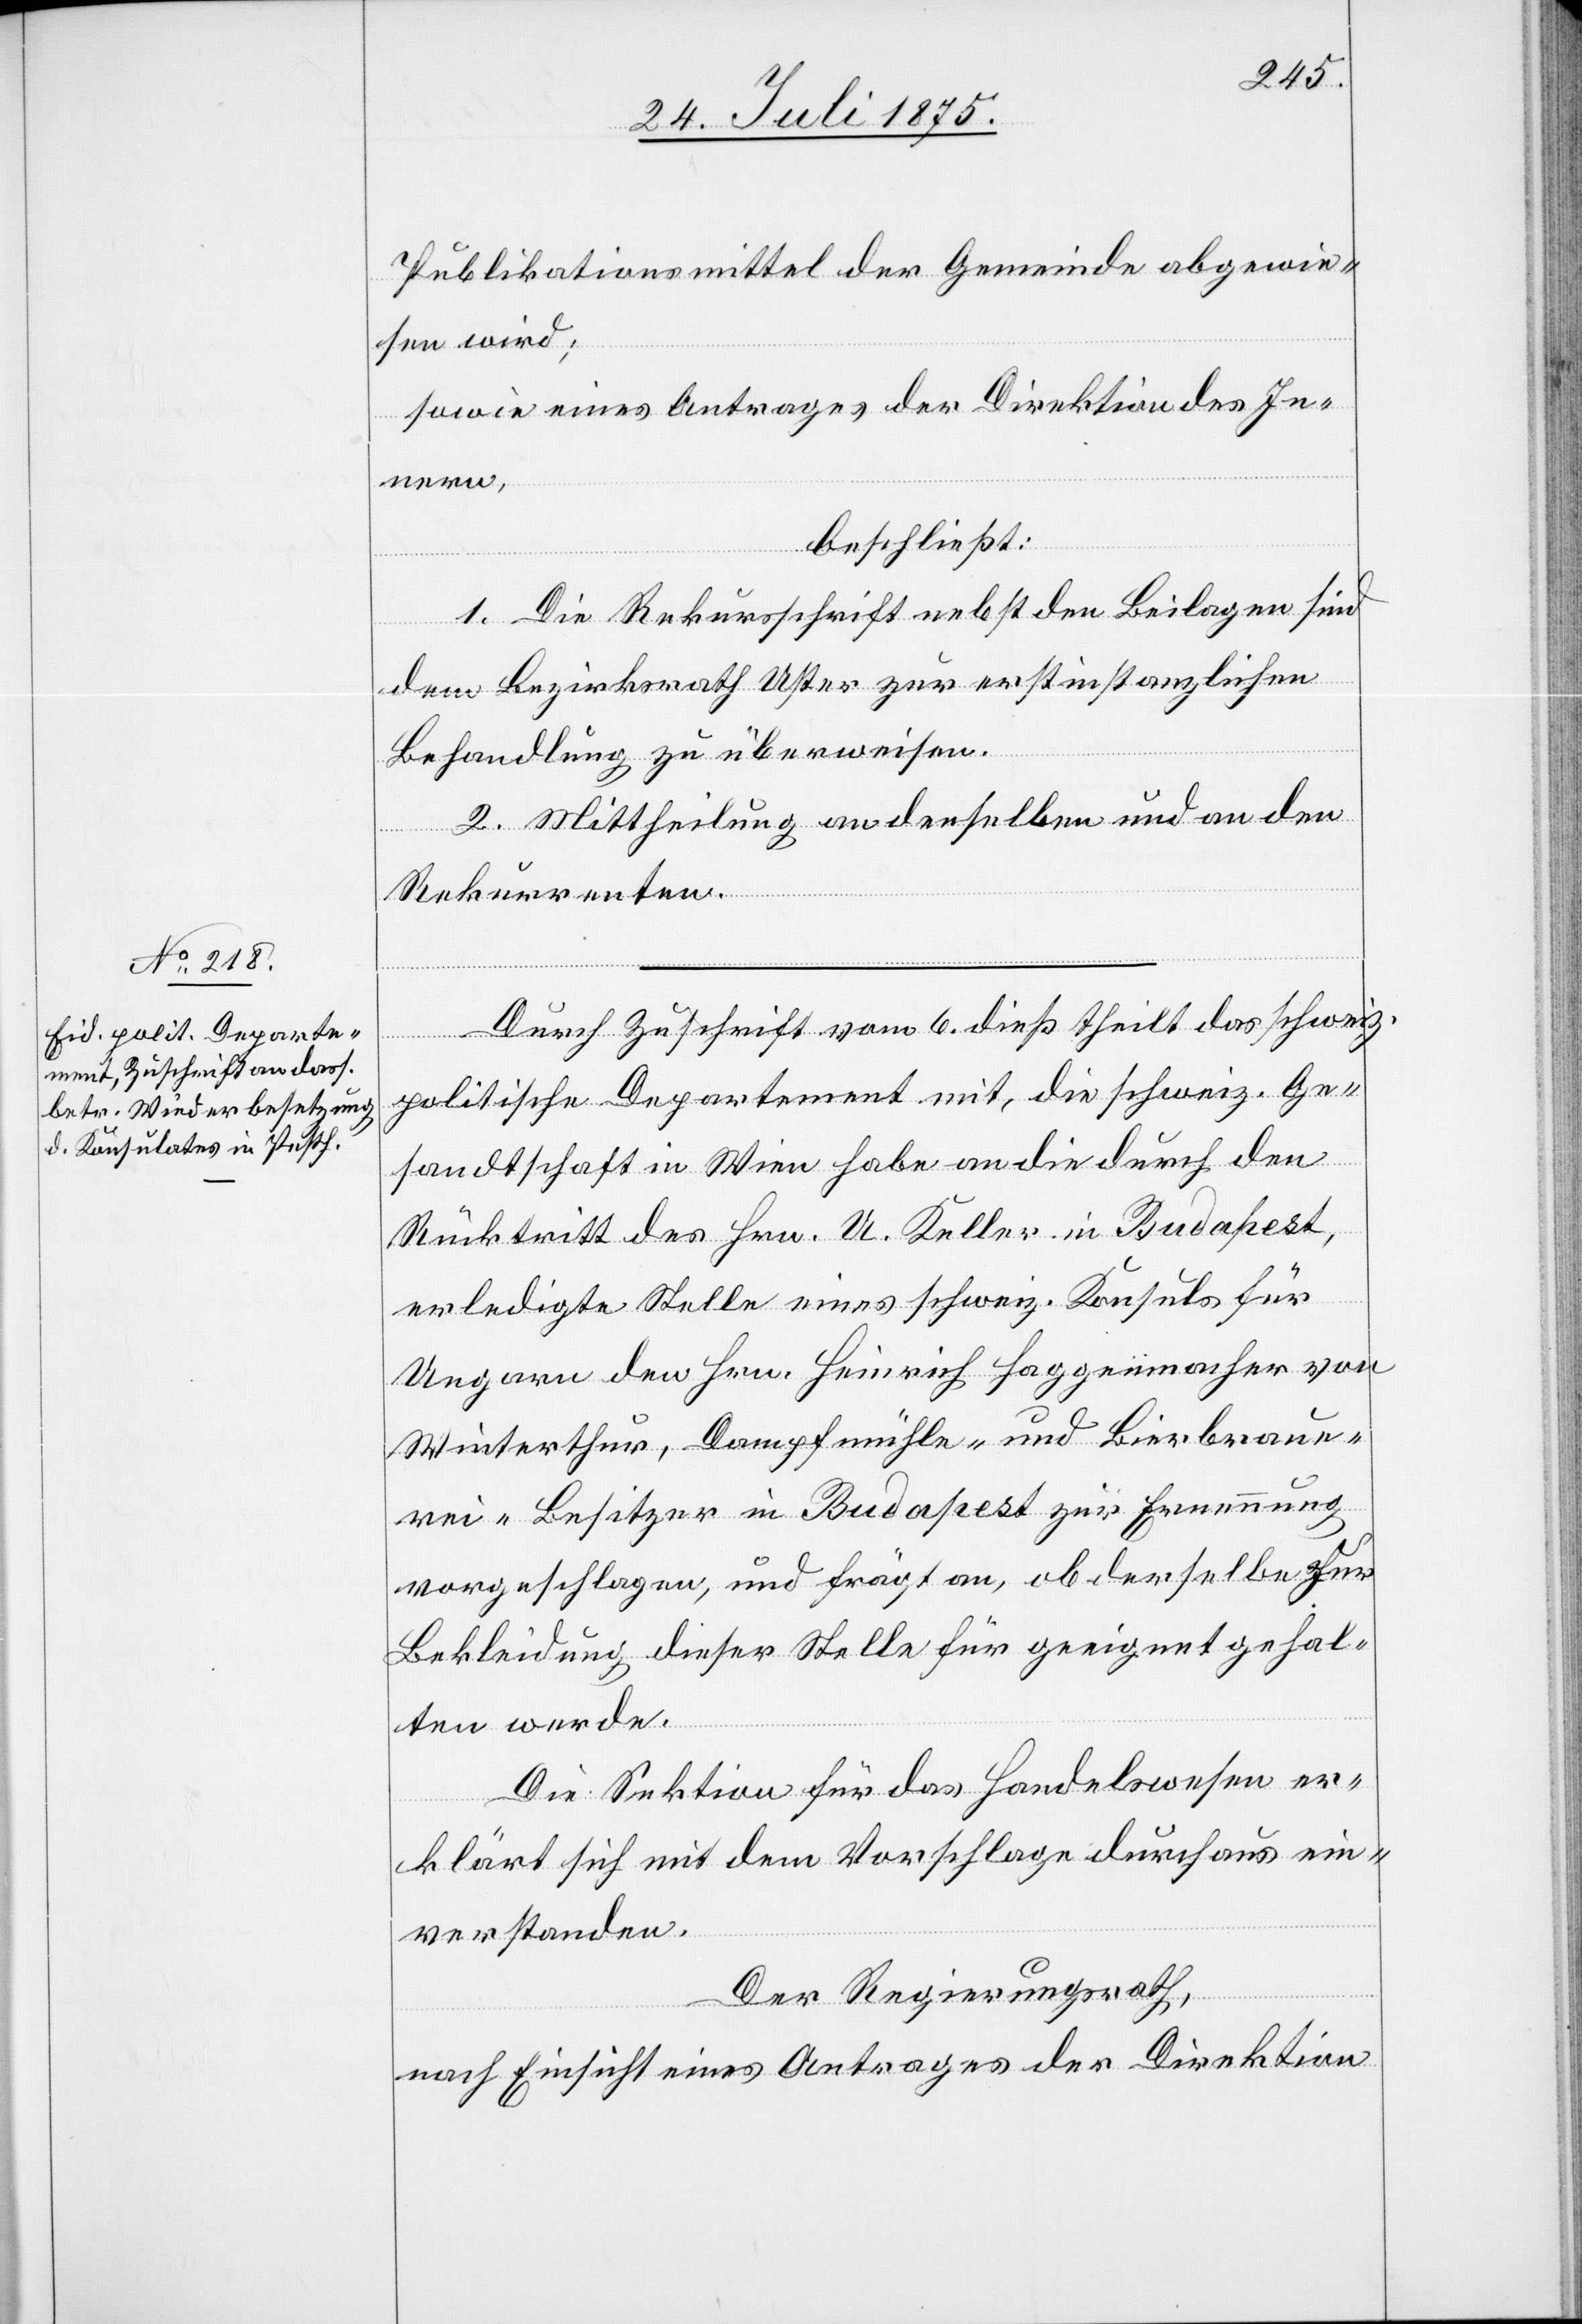
Publikationsmittel der Gemeinde abgewie¬
sen wird;
sowie eines Antrages der Direktion des In¬
theilt
beschließt:
6.
1. Die Rekursschrift nebst den Beilagen sind
dem Bezirksrath Uster zur erstinstanzlichen
Behandlung zu überweisen.
2. Mittheilung an denselben und an den
Rekurrenten.
politische Departement mit, die schweiz. Ge¬
sandtschaft in Wien habe an die durch den
Rücktritt des Hrn. U. Keller in Budapest,
erledigte Stelle eines schweiz. Konsuls für
Ungarn den Hrn. Heinrich Haggenmacher von
Winterthur, Dampfmühle- und Bierbraue¬
rei-Besitzer in Budapest zur Ernennung
vorgeschlagen, und frägt an, ob derselbe zur
Bekleidung dieser Stelle für geeignet gehal¬
ten werde.
Die Sektion für das Handelswesen er¬
klärt sich mit dem Vorschlage durchaus ein¬
verstanden.
Der Regierungsrath,
nach Einsicht eines Antrages der Direktion